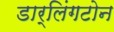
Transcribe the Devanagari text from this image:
डार्लिंगटोन